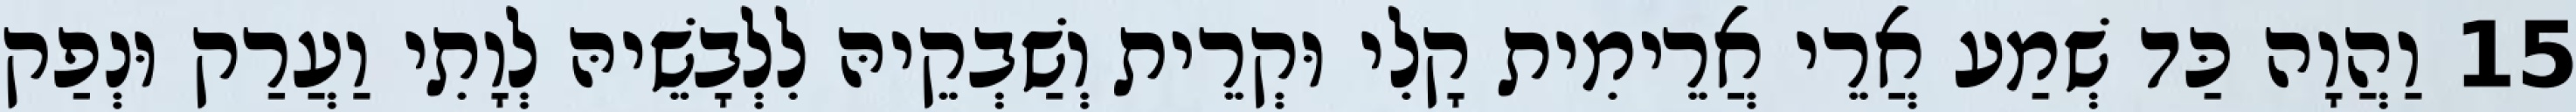
15 וַהֲוָה כַּד שְׁמַע אֲרֵי אֲרֵימִית קָלִי וּקְרֵית וְשַׁבְקֵיהּ לִלְבָשֵׁיהּ לְוָתִי וַעֲרַק וּנְפַק